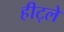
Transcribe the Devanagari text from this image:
हीट्ले